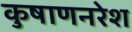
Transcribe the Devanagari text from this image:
कुषाणनरेश